Vaccination in the Punjab 1905-1918 - 1905-1918
Year: 1905
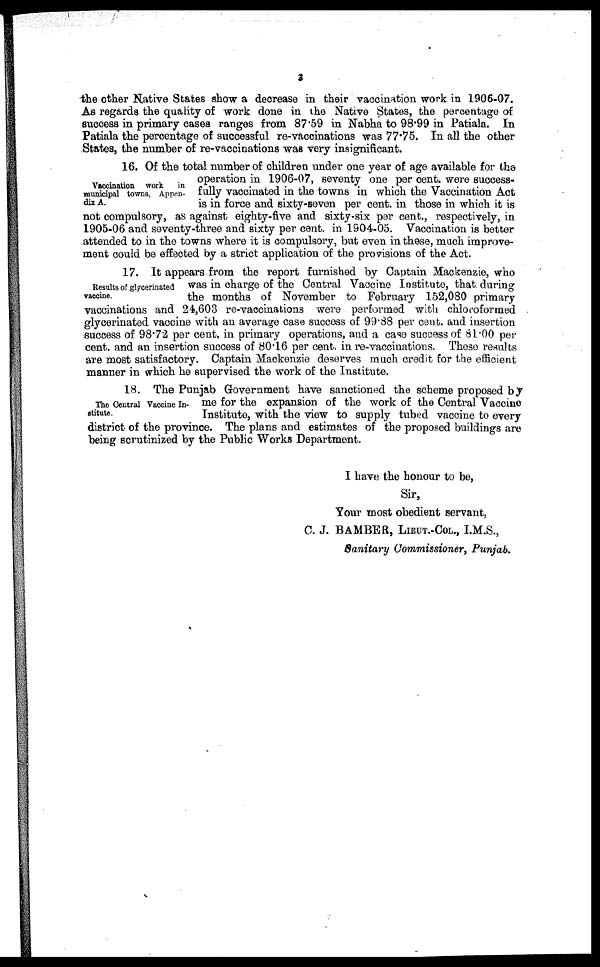
3
the other Native States show a decrease in their vaccination work in 1906-07.
As regards the quality of work done in the Native States, the percentage of
success in primary cases ranges from 87.59 in Nabha to 98.99 in Patiala. In
Patiala the percentage of successful re-vaccinations was 77.75. In all the other
States, the number of re-vaccinations was very insignificant.
Vaccination work
in
municipal towns, Appen-
dix A.
16. Of the total number of children under one year of age available for the
operation in 1906-07, seventy one per cent. were success-
fully vaccinated in the towns in which the Vaccination Act
is in force and sixty-seven per cent. in those in which it is
not compulsory, as against eighty-five and sixty-six per cent., respectively, in
1905-06 and seventy-three and sixty per cent. in 1904-05. Vaccination is better
attended to in the towns where it is compulsory, but even in these, much improve-
ment could be effected by a strict application of the provisions of the Act.
Results of glycerinated
vaccine.
17.
It appears from the report furnished by Captain Mackenzie, who
was in charge of the Central Vaccine Institute, that during
the months of November to February 152,080 primary
vaccinations and 24,603 re-vaccinations were performed with chloroformed
glycerinated vaccine with an average case success of 99.88 per cent. and insertion
success of 98.72 per cent. in primary operations, and a case success of 81.00 per-
cent. and an insertion success of 80.16 per cent. in re-vaccinations. These results
are most satisfactory. Captain Mackenzie deserves much credit for the efficient
manner in which he supervised the work of the Institute.
The Central Vaccine In-
stitute.
18. The Punjab Government have sanctioned the scheme proposed by
me for the expansion of the work of the Central Vaccine
Institute, with the view to supply tubed vaccine to every
district of the province. The plans and estimates of the proposed buildings are
being scrutinized by the Public Works Department.
I have the honour to be,
Sir,
Your most obedient servant,
C. J. BAMBER, LIEUT.-COL., I.M.S.,
Sanitary Commissioner, Punjab.